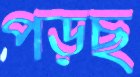
পড়ছ